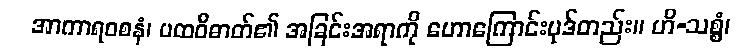
အာကာရဝစနံ၊ ပထဝီဓာတ်၏ အခြင်းအရာကို ဟောကြောင်းပုဒ်တည်း။ ဟိ-သစ္စံ၊